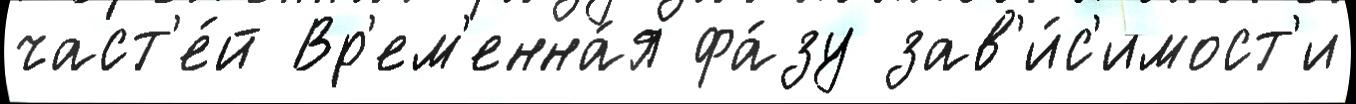
част'е́й Вр'ем'енна́я фа́зу зав'и́с'имост'и